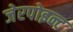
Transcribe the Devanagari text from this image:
जेरपोइन्ट